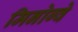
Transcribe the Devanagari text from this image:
मिनोग्वे